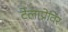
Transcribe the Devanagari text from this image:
टेलाप्रेविर